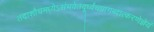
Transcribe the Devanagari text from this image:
तदाशौचमध्येऽसंभवेतदूर्ध्वंचप्रागब्दात्करणेज्ञेयं